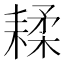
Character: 𦔇